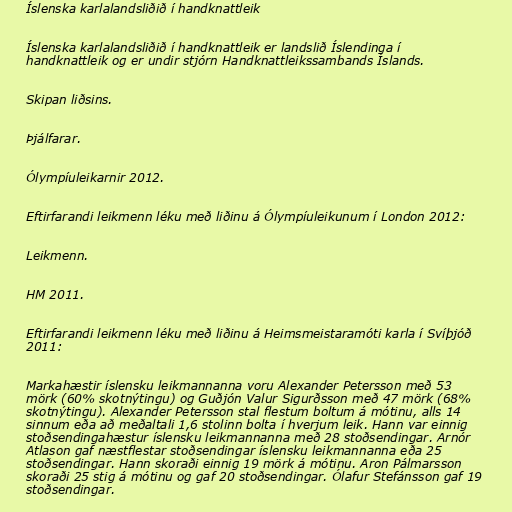
Íslenska karlalandsliðið í handknattleik

Íslenska karlalandsliðið í handknattleik er landslið Íslendinga í
handknattleik og er undir stjórn Handknattleikssambands Íslands.

Skipan liðsins.

Þjálfarar.

Ólympíuleikarnir 2012.

Eftirfarandi leikmenn léku með liðinu á Ólympíuleikunum í London 2012:

Leikmenn.

HM 2011.

Eftirfarandi leikmenn léku með liðinu á Heimsmeistaramóti karla í Svíþjóð
2011:

Markahæstir íslensku leikmannanna voru Alexander Petersson með 53
mörk (60% skotnýtingu) og Guðjón Valur Sigurðsson með 47 mörk (68%
skotnýtingu). Alexander Petersson stal flestum boltum á mótinu, alls 14
sinnum eða að meðaltali 1,6 stolinn bolta í hverjum leik. Hann var einnig
stoðsendingahæstur íslensku leikmannanna með 28 stoðsendingar. Arnór
Atlason gaf næstflestar stoðsendingar íslensku leikmannanna eða 25
stoðsendingar. Hann skoraði einnig 19 mörk á mótinu. Aron Pálmarsson
skoraði 25 stig á mótinu og gaf 20 stoðsendingar. Ólafur Stefánsson gaf 19
stoðsendingar.